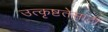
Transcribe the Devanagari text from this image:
उत्कृष्टतेसाठी